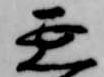
延